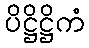
ပိဋ္ဌိဋ္ဌိကံ